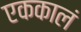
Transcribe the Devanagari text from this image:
एककालं